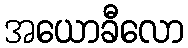
အယောခီလော